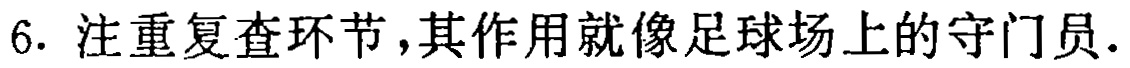
6. 注重复查环节，其作用就像足球场上的守门员.